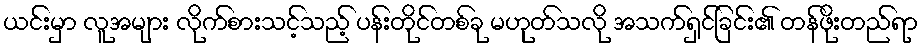
ယင်းမှာ လူအများ လိုက်စားသင့်သည့် ပန်းတိုင်တစ်ခု မဟုတ်သလို အသက်ရှင်ခြင်း၏ တန်ဖိုးတည်ရာ